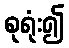
စုရုံး၍